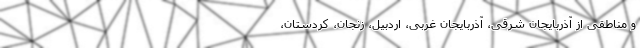
و مناطقی از آذربایجان شرقی، آذربایجان غربی، اردبیل، زنجان، کردستان،